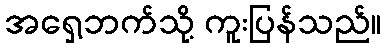
အရှေ့ဘက်သို့ ကူးပြန်သည်။